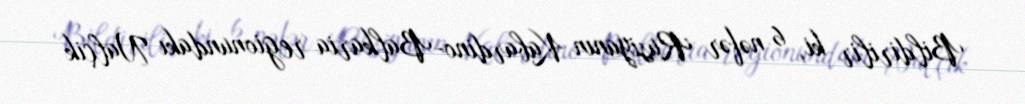
Bildirilir ki, 6 nəfər Rusiyanın Kabardino-Balkaria regionundakı Nalçik